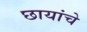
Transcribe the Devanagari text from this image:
छायांचे